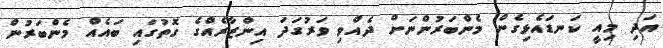
އަދި މިއީ ކަނޑައެޅިގެން މެންބަރުންނަށް ދެއްވި ވަރުގަދަ އިންޒާރެއްގެ ގޮތުގައި ބައެއް މެންބަރުން